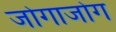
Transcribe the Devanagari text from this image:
जोगाजोग